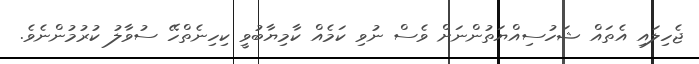
ޖެހިލައި އެތައް ޝަހުސިއްޔަތުންނަށް ވެސް ނުވި ކަމެއް ކާމިޔާބުވީ ކިހިނެތްހޭ ސުވާލު ކުރުމުންނެވެ.